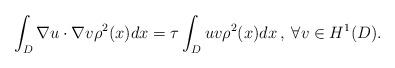
LaTeX: \begin{align*} \int_{D} \nabla u \cdot \nabla v\rho^2(x) dx = \tau \int_{D}u v \rho^2(x)dx\:, \: \forall v \in H^1(D). \end{align*}